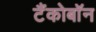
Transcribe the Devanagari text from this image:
टैंकोबाॅन